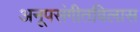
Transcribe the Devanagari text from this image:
अनूपसंगीतविलास